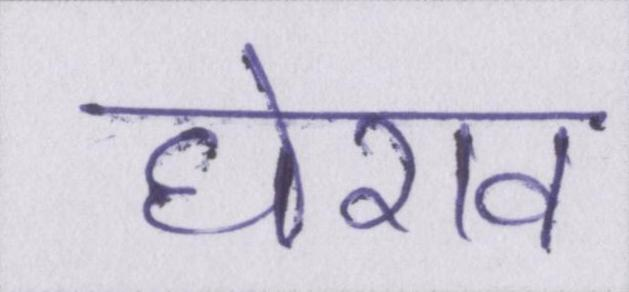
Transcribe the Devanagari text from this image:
घेराव